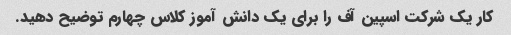
کار یک شرکت اسپین آف را برای یک دانش آموز کلاس چهارم توضیح دهید.